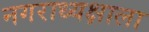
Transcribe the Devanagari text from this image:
नगराध्यक्षाला